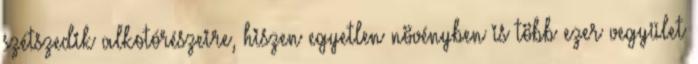
szétszedik alkotórészeire, hiszen egyetlen növényben is több ezer vegyület